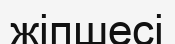
жіпшесі